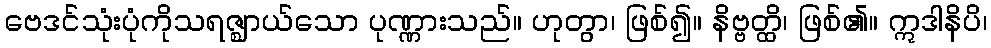
ဗေဒင်သုံးပုံကိုသရဇ္ဈာယ်သော ပုဏ္ဏားသည်။ ဟုတွာ၊ ဖြစ်၍။ နိဗ္ဗတ္ထိ၊ ဖြစ်၏။ ဣဒါနိပိ၊